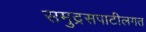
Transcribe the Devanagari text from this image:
समुद्रसपाटीलगत